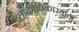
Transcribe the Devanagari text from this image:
लोकाधिकारवादी